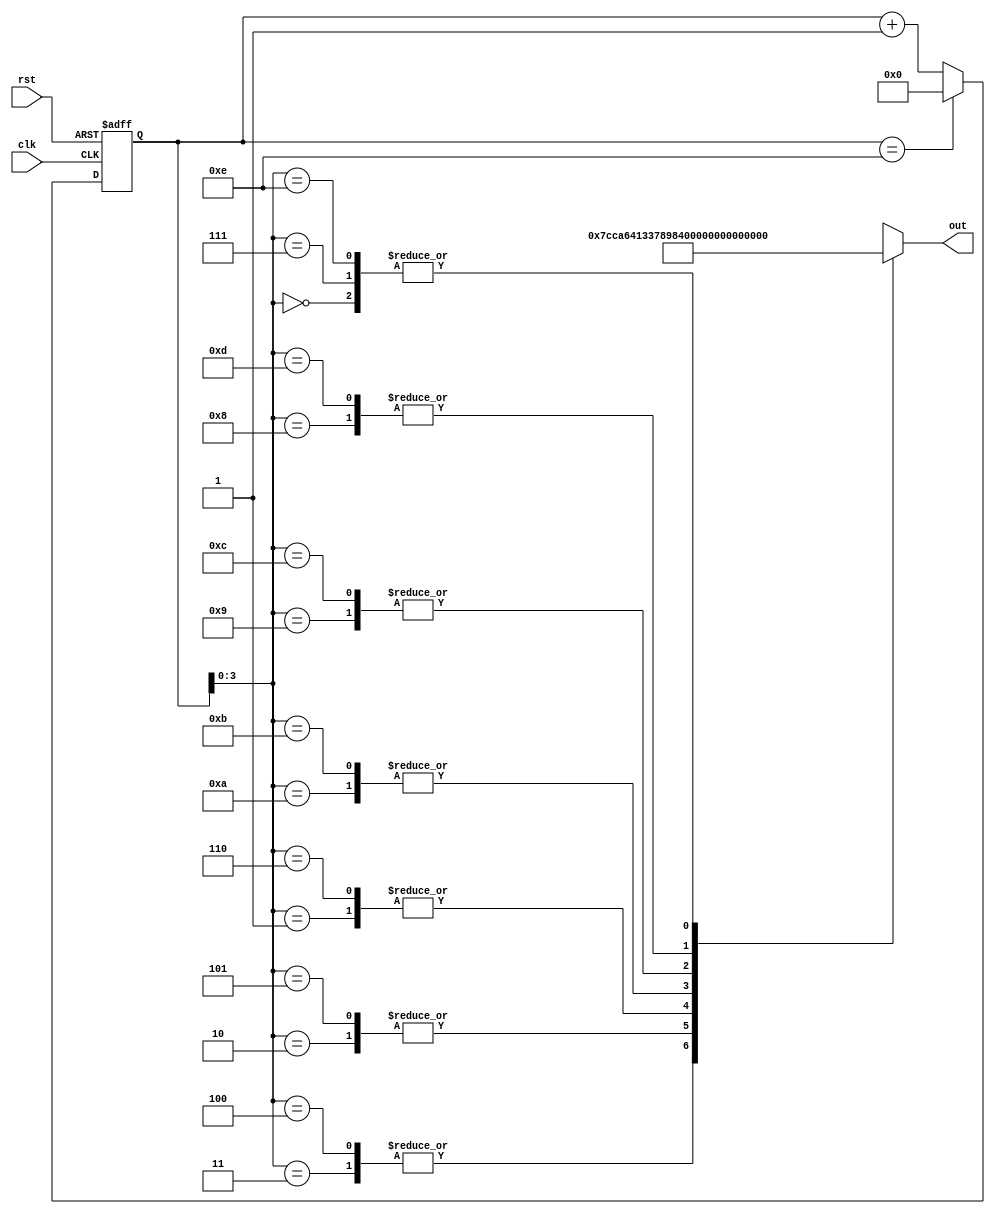
// Sin table

// afinogeev

module SIN_LUT_15 (
    input clk,
    input rst,
    output signed [15:0] out
);

localparam size = 14;

reg [4:0] cnt;

wire signed [15:0] tbl [0:size];
assign tbl[00] = $signed(0     );
assign tbl[01] = $signed(14217 );
assign tbl[02] = $signed(25619 );
assign tbl[03] = $signed(31946 );
assign tbl[04] = $signed(31946 );
assign tbl[05] = $signed(25619 );
assign tbl[06] = $signed(14217 );
assign tbl[07] = $signed(0     );
assign tbl[08] = $signed(-14217);
assign tbl[09] = $signed(-25619);
assign tbl[10] = $signed(-31946);
assign tbl[11] = $signed(-31946);
assign tbl[12] = $signed(-25619);
assign tbl[13] = $signed(-14217);
assign tbl[14] = $signed(0     );

assign out = tbl[cnt];

always @(posedge clk or posedge rst) begin
    if(rst) begin
        cnt <= 0;
    end
    else begin
        if(cnt == size)
            cnt <= 0;
        else
            cnt <= cnt + 1;
    end
end

endmodule